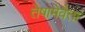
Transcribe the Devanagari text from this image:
तेषामेवैता